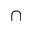
\cap